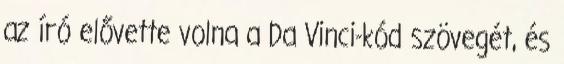
az író elővette volna a Da Vinci-kód szövegét, és